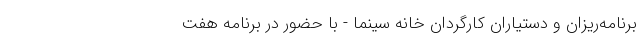
برنامه‌ریزان و دستیاران کارگردان خانه سینما - با حضور در برنامه هفت